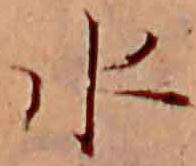
水